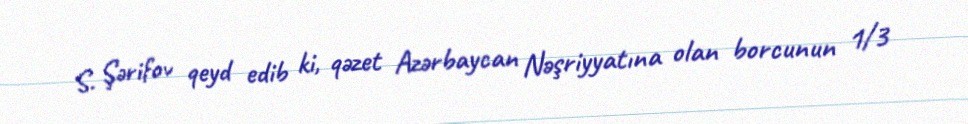
S. Şərifov qeyd edib ki, qəzet Azərbaycan Nəşriyyatına olan borcunun 1/3